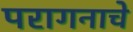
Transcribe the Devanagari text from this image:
परागनाचे